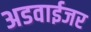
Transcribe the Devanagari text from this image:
अडवाईजर